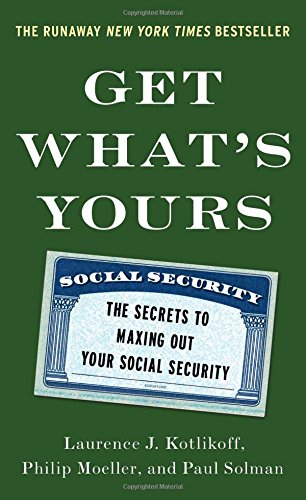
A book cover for Get What's Yours: The Secrets to Maxing Out Your Social Security; Laurence J. Kotlikoff; Business & Money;